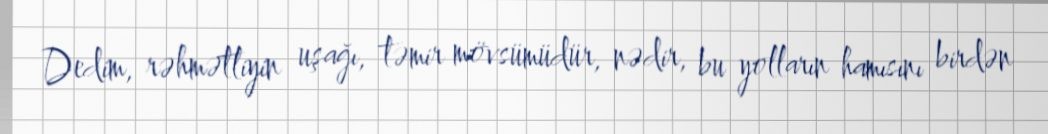
Dedim, rəhmətliyin uşağı, təmir mövsümüdür, nədir, bu yolların hamısını birdən